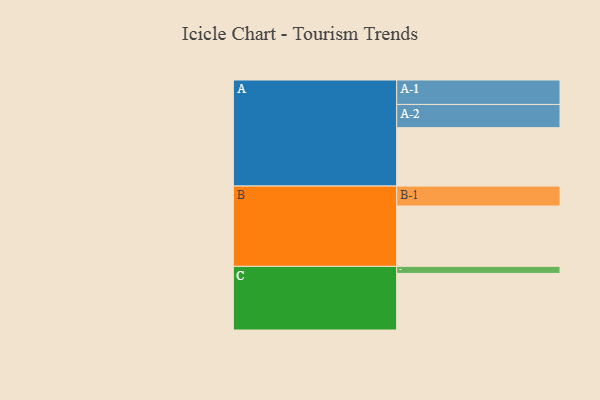
{"axis": {"x": "Segment", "y": "Value"}, "legend": ["", "A", "B", "C"], "data": [{"x": "A", "y": 571, "type": ""}, {"x": "B", "y": 590, "type": ""}, {"x": "C", "y": 553, "type": ""}, {"x": "A-1", "y": 239, "type": "A"}, {"x": "A-2", "y": 227, "type": "A"}, {"x": "B-1", "y": 195, "type": "B"}, {"x": "C-1", "y": 69, "type": "C"}]}